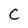
Character: c